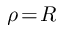
\rho \! = \! R